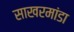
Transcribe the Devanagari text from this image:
साखरमांडा